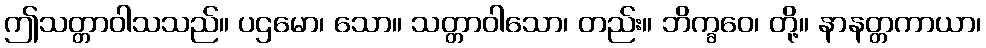
ဤသတ္တာဝါသသည်။ ပဌမော၊ သော။ သတ္တာဝါသော၊ တည်း။ ဘိက္ခဝေ၊ တို့။ နာနတ္တကာယာ၊